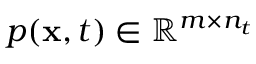
p ( \mathbf { x } , t ) \in \mathbb { R } ^ { m \times n _ { t } }